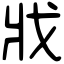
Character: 戕